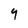
Character: 9